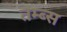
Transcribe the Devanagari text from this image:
तम्ब्स